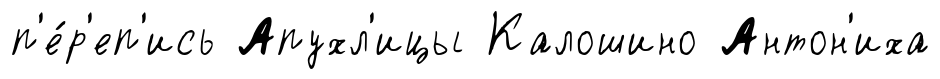
п'е́р'еп'ись Апухл'ицы Калошино Антон'иха